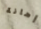
إهانة